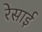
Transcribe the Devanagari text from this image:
रेसाई